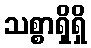
သစ္စာရှိရှိ